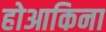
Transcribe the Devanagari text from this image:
होआकिना